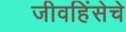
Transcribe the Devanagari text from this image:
जीवहिंसेचे